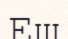
Еш